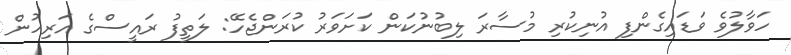
ހަވާލުވެ ވަޑައިގެންފި އުނިކުރި މުސާރަ ލިބުނުކަން ކަށަވަރު ކުރަންޖެހޭ: ލަތީފު ރައީސްގެ އަރިހުން